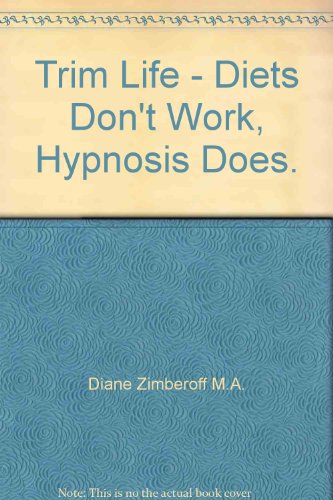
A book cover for Trim Life - "Diets Don't Work, Hypnosis Does."; Diane Zimberoff M.A.; Health, Fitness & Dieting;